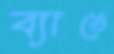
ব্যাঙে